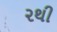
૨થી